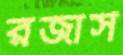
রজার্স